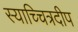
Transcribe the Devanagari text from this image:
स्याच्चित्रदीप